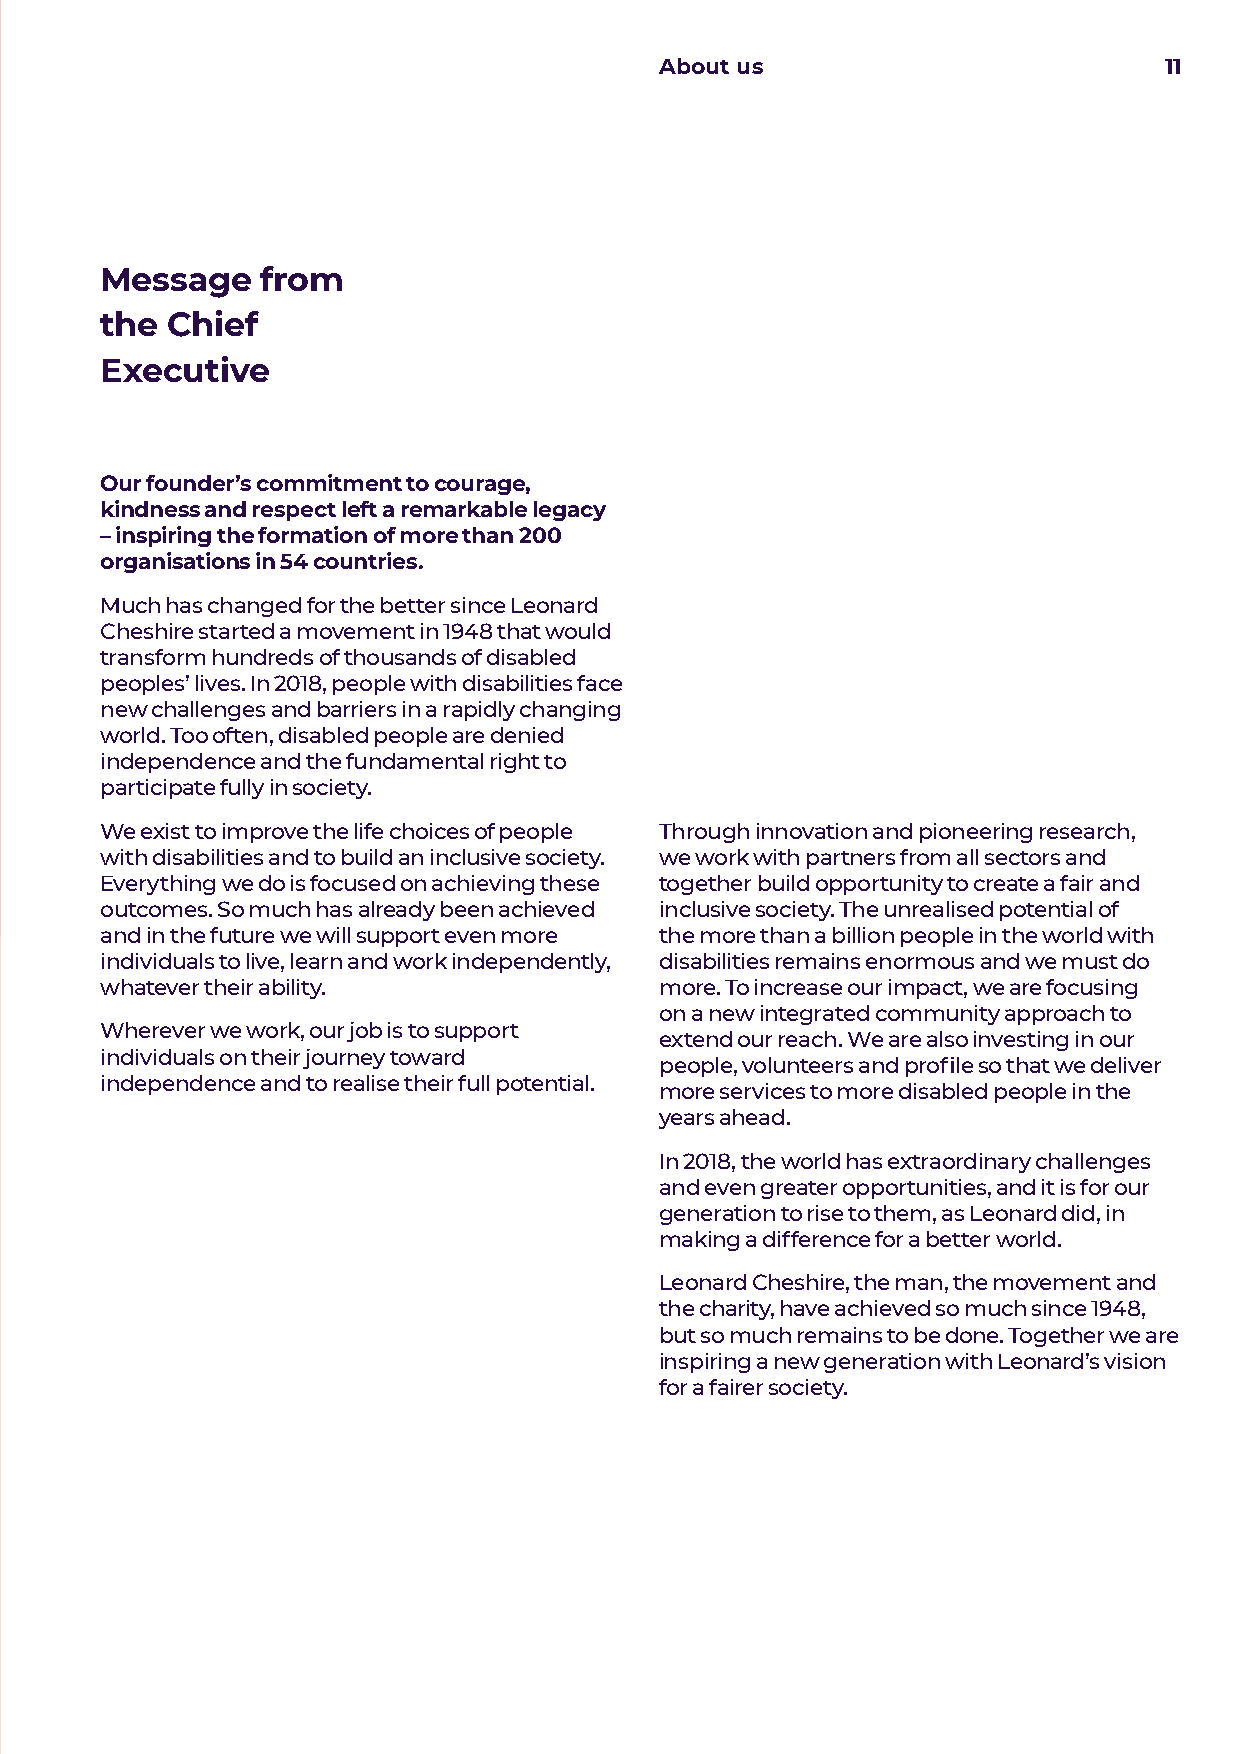
About us                         11
 Message   from
 the Chief
 Executive
 Our founder’s commitment to courage,
 kindness and respect left a remarkable legacy
 – inspiring the formation of more than 200
 organisations in 54 countries.
 Much has changed for the better since Leonard
 Cheshire started a movement in 1948 that would
 transform hundreds of thousands of disabled
 peoples’ lives. In 2018, people with disabilities face
 new challenges and barriers in a rapidly changing
 world. Too often, disabled people are denied
 independence and the fundamental right to
 participate fully in society.
 We exist to improve the life choices of people Through innovation and pioneering research,
 with disabilities and to build an inclusive society. we work with partners from all sectors and
 Everything we do is focused on achieving these together build opportunity to create a fair and
 outcomes. So much has already been achieved inclusive society. The unrealised potential of
 and in the future we will support even more the more than a billion people in the world with
 individuals to live, learn and work independently, disabilities remains enormous and we must do
 whatever their ability.              more. To increase our impact, we are focusing
 on a new integrated community approach to
 Wherever we work, our job is to support
 extend our reach. We are also investing in our
 individuals on their journey toward
 people, volunteers and profile so that we deliver
 independence and to realise their full potential.
 more services to more disabled people in the
 years ahead.
 In 2018, the world has extraordinary challenges
 and even greater opportunities, and it is for our
 generation to rise to them, as Leonard did, in
 making a difference for a better world.
 Leonard Cheshire, the man, the movement and
 the charity, have achieved so much since 1948,
 but so much remains to be done. Together we are
 inspiring a new generation with Leonard’s vision
 for a fairer society.